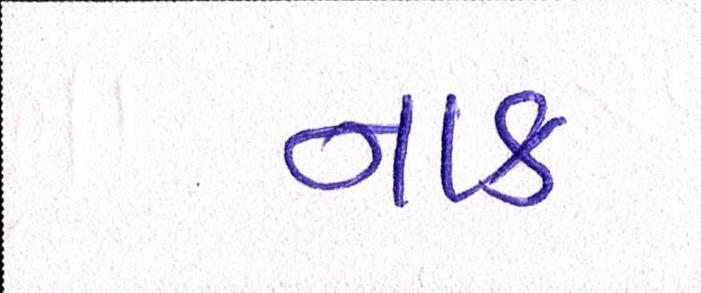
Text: નાક